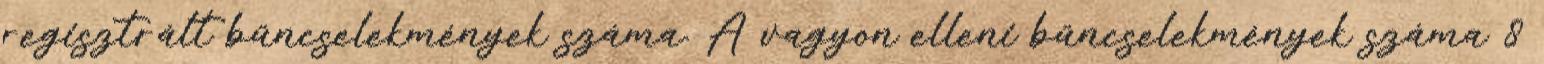
regisztrált bűncselekmények száma. A vagyon elleni bűncselekmények száma 8